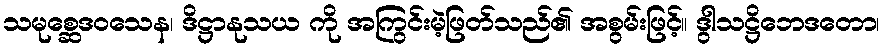
သမုစ္ဆေဒဝသေန၊ ဒိဋ္ဌာနုသယ ကို အကြွင်းမဲ့ဖြတ်သည်၏ အစွမ်းဖြင့်။ ဒွါသဋ္ဌိဘေဒတော၊